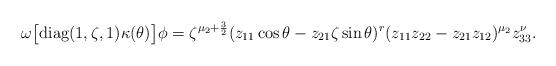
LaTeX: \begin{align*}\omega\big[\textrm{diag}(1,\zeta,1)\kappa(\theta)\big]\phi=\zeta^{\mu_2+\frac{3}{2}}(z_{11}\cos\theta -z_{21}\zeta\sin\theta )^r(z_{11}z_{22}-z_{21}z_{12})^{\mu_2}z_{33}^\nu.\end{align*}